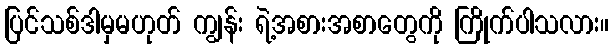
ပြင်သစ်ဒါမှမဟုတ် ကျွန်း ရဲ့အစားအစာတွေကို ကြိုက်ပါသလား။